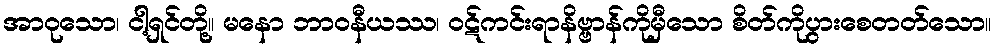
အာဝုသော၊ ငါ့ရှင်တို့။ မနော ဘာဝနီယဿ၊ ဝဋ်ကင်းရာနိဗ္ဗာန်ကိုမှီသော စိတ်ကိုပွားစေတတ်သော။